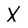
Character: X